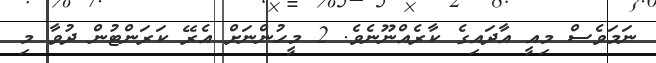
ނަމަވެސް މިއީ އާދައިގެ ކާރެއްނޫނެވެ. 2 މީހުންނަށް އެރޭ ކަރަންޓުން ދުވާ މި